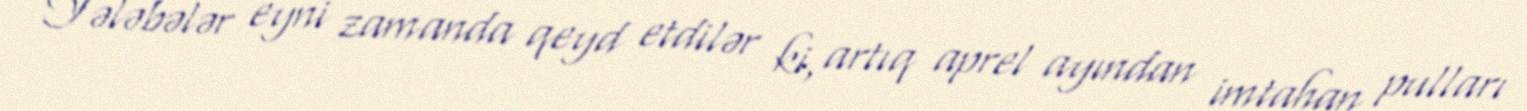
Tələbələr eyni zamanda qeyd etdilər ki, artıq aprel ayından imtahan pulları